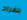
بلغراد